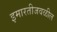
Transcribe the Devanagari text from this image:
इमारतीजवळील